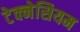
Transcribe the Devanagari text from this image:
टेक्नेसियम